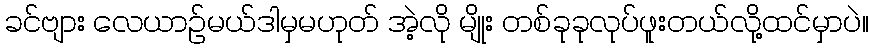
ခင်ဗျား လေယာဉ်မယ်ဒါမှမဟုတ် အဲ့လို မျိုး တစ်ခုခုလုပ်ဖူးတယ်လို့ထင်မှာပဲ။